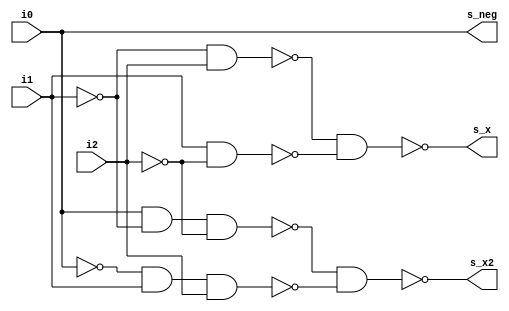
module tri_st_mult_boothdcd(
   i0,
   i1,
   i2,
   s_neg,
   s_x,
   s_x2
);
   input   i0;
   input   i1;
   input   i2;
   output  s_neg;
   output  s_x;
   output  s_x2;

   wire    s_add;
   wire    sx1_a0_b;
   wire    sx1_a1_b;
   wire    sx1_t;
   wire    sx1_i;
   wire    sx2_a0_b;
   wire    sx2_a1_b;
   wire    sx2_t;
   wire    sx2_i;
   wire    i0_b;
   wire    i1_b;
   wire    i2_b;


   // i0:2      booth recode table
   //--------------------------------
   // 000  add  sh1=0 sh2=0  sub_adj=0
   // 001  add  sh1=1 sh2=0  sub_adj=0
   // 010  add  sh1=1 sh2=0  sub_adj=0
   // 011  add  sh1=0 sh2=1  sub_adj=0
   // 100  sub  sh1=0 sh2=1  sub_adj=1
   // 101  sub  sh1=1 sh2=0  sub_adj=1
   // 110  sub  sh1=1 sh2=0  sub_adj=1
   // 111  sub  sh1=0 sh2=0  sub_adj=0

   // logically correct
   //----------------------------------
   //  s_neg <= (i0);
   //  s_x   <= (       not i1 and     i2) or (           i1 and not i2);
   //  s_x2  <= (i0 and not i1 and not i2) or (not i0 and i1 and     i2);

   assign i0_b = (~(i0));
   assign i1_b = (~(i1));
   assign i2_b = (~(i2));

   assign s_add = (~(i0));
   assign s_neg = (~(s_add));

   assign sx1_a0_b = (~(i1_b & i2));
   assign sx1_a1_b = (~(i1 & i2_b));
   assign sx1_t = (~(sx1_a0_b & sx1_a1_b));
   assign sx1_i = (~(sx1_t));
   assign s_x = (~(sx1_i));

   assign sx2_a0_b = (~(i0 & i1_b & i2_b));
   assign sx2_a1_b = (~(i0_b & i1 & i2));
   assign sx2_t = (~(sx2_a0_b & sx2_a1_b));
   assign sx2_i = (~(sx2_t));
   assign s_x2 = (~(sx2_i));

endmodule